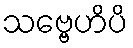
သဗ္ဗေဟိပိ